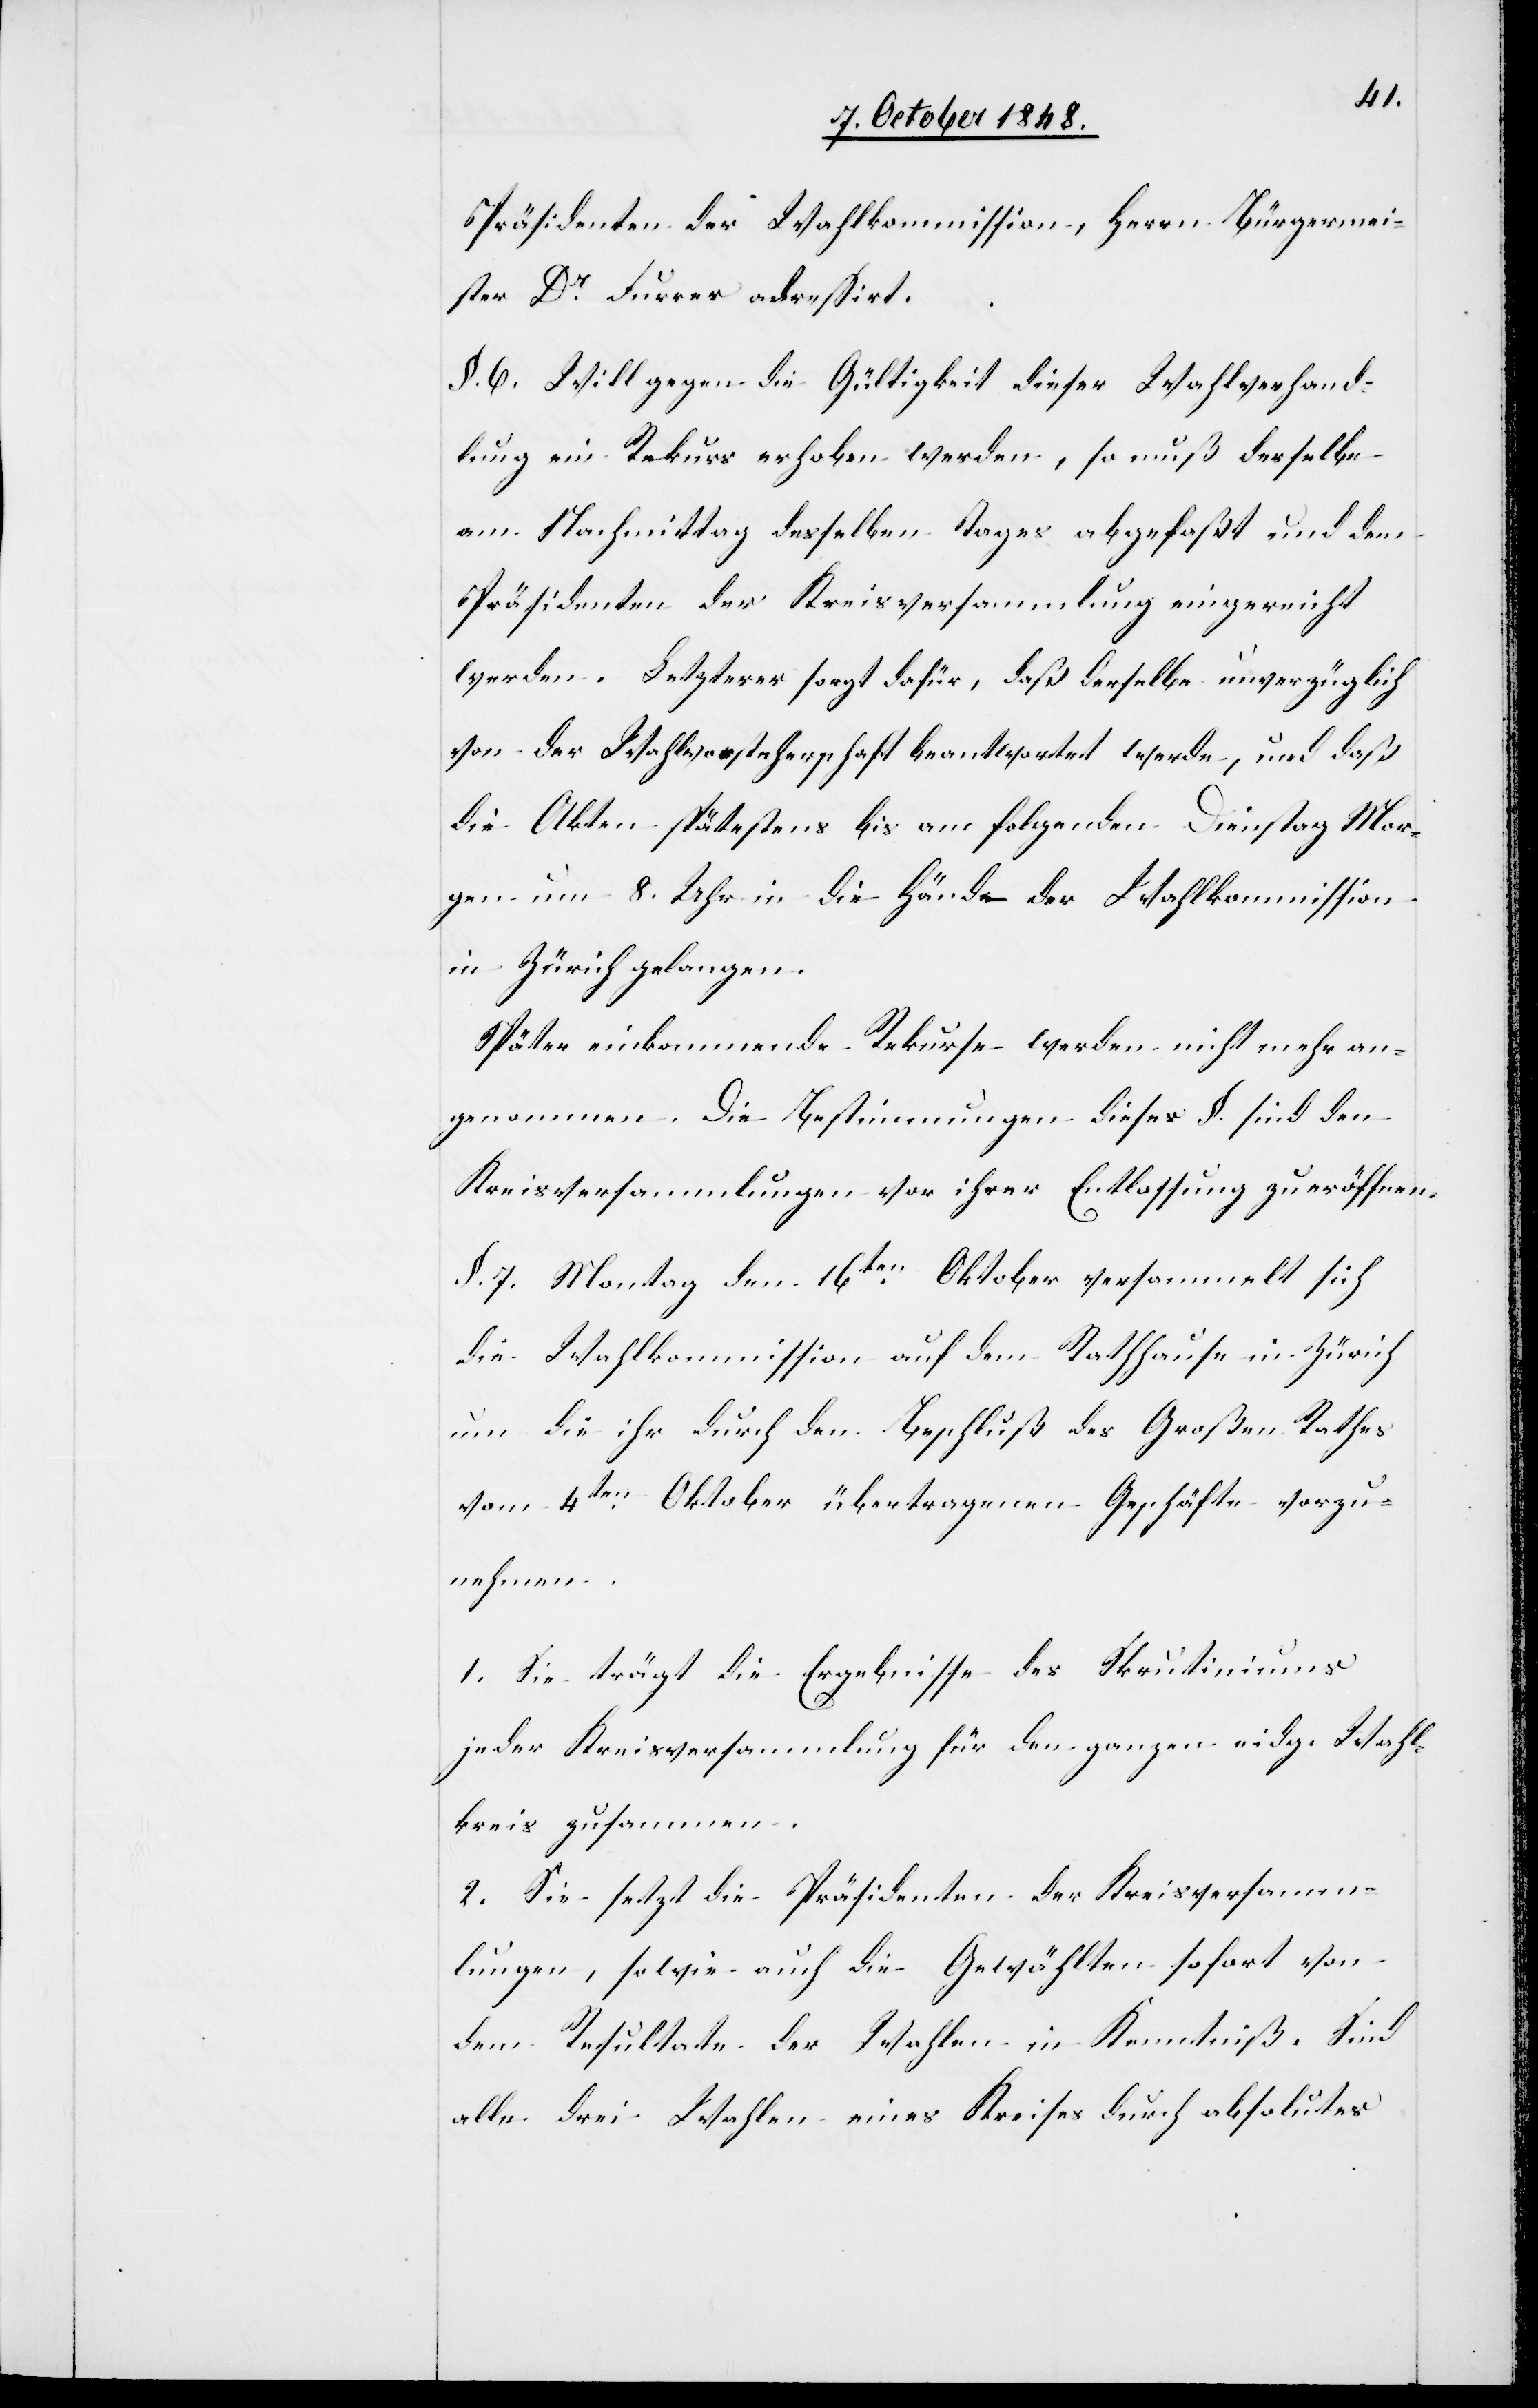
Präsidenten der Wahlkommission, Herrn Bürgermei¬
ster Dr. Furrer adreßiert.
§. 6. Will gegen die Gültigkeit dieser Wahlverhand¬
lung ein Rekurs erhoben werden, so muß derselbe
am Nachmittag desselben Tages abgefaßt und dem
Präsidenten der Kreisversammlung eingereicht
werden. Letzterer sorgt dafür, daß derselbe unverzüglich
von der Wahlvorsteherschaft beantwortet werde, und daß
die Akten spätestens bis am folgenden Dienstag Mor¬
gen um 8. Uhr in die Hände der Wahlkommission
in Zürich gelangen.
Später einkommende Rekurse werden nicht mehr an¬
genommen. Die Bestimmungen dieses §. sind den
Kreisversammlungen vor ihrer Entlassung zu eröffnen.
§. 7. Montag den 16ten. Oktober versammelt sich
die Wahlkommission auf dem Rathhause in Zürich
um die ihr durch den Beschluß des Großen Rathes
vom 4ten. Oktober übertragenen Geschäfte vorzu¬
nehmen.
1. Sie trägt die Ergebnisse des Skrutiniums
jeder Kreisversammlung für den ganzen eidg. Wahl¬
kreis zusammen.
2. Sie setzt die Präsidenten der Kreisversamm¬
lungen, sowie auch die Gewählten sofort von
dem Resultate der Wahlen in Kenntniß. Sind
alle drei Wahlen eines Kreises durch absolutes